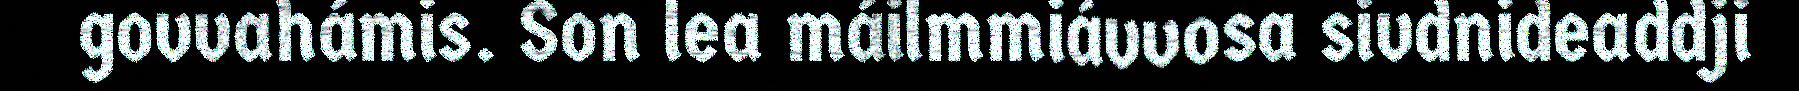
govvahámis. Son lea máilmmiávvosa sivdnideaddji